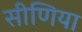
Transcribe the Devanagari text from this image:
सीणिया